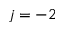
j = - 2